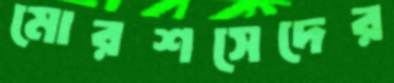
মোরশসেদের